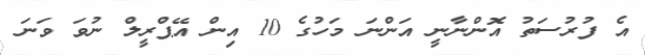
އެ ފުރުސަތު އޮންނާނީ އަންނަ މަހުގެ 10 އިން އޭޕްރީލް ނުވަ ވަނަ